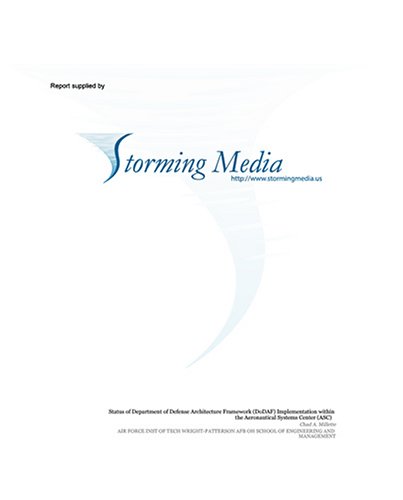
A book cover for Design of Digital Control Algorithms for Unmanned Air Vehicles; Steven J. Froncillo; Health, Fitness & Dieting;